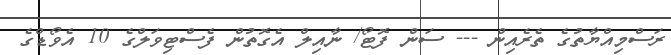
ރަސްމިއްޔާތުގެ ތެރެއިން --- ސަން ފޮޓޯ/ ނާއިލް އެގޮތުން ފެސްޓިވަލްގެ 10 އެވޯޑްގެ